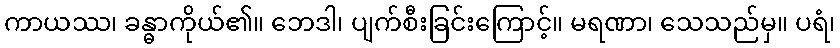
ကာယဿ၊ ခန္ဓာကိုယ်၏။ ဘေဒါ၊ ပျက်စီးခြင်းကြောင့်။ မရဏာ၊ သေသည်မှ။ ပရံ၊